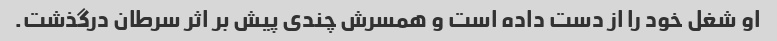
او شغل خود را از دست داده است و همسرش چندی پیش بر اثر سرطان درگذشت.